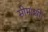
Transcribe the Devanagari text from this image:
सीमांशी